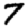
Digit: 7